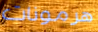
هرمونات